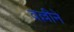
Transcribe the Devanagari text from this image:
वल्लीने